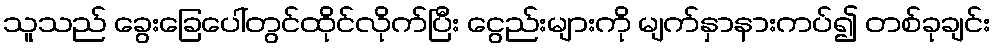
သူသည် ခွေးခြေပေါ်တွင်ထိုင်လိုက်ပြီး ငွေည်းများကို မျက်နှာနားကပ်၍ တစ်ခုချင်း